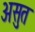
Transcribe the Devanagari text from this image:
असुत